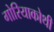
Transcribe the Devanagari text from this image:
गोरियाकोथी